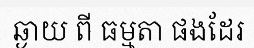
ឆ្ងាយ ពី ធម្មតា ផងដែរ